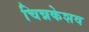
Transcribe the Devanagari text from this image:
चिन्नकेशव